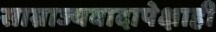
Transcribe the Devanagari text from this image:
साम्राज्यवादापेक्षाही